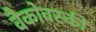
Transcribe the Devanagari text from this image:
वैकोवस्की